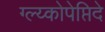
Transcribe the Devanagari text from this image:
ग्ल्य्कोपेप्तिदे